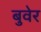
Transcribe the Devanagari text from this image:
बुवेर